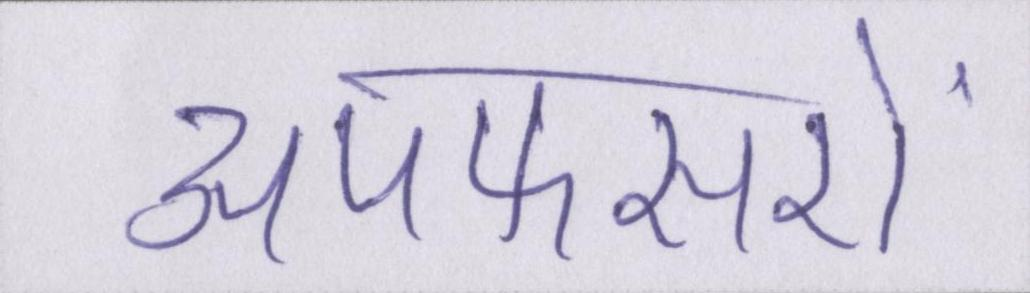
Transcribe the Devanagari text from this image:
अपफसरों